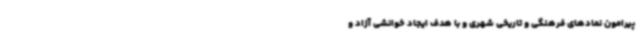
پیرامون نمادهای فرهنگی و تاریخی شهری و با هدف ایجاد خوانشی آزاد و